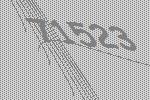
71523